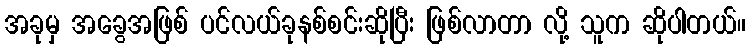
အခုမှ အခွေအဖြစ် ပင်လယ်ခုနစ်စင်းဆိုပြီး ဖြစ်လာတာ လို့ သူက ဆိုပါတယ်။